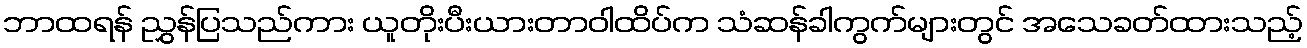
ဘာထရန် ညွှန်ပြသည်ကား ယူတိုးပီးယားတာဝါထိပ်က သံဆန်ခါကွက်များတွင် အသေခတ်ထားသည့်